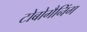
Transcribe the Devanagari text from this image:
टोबोगैनिंग